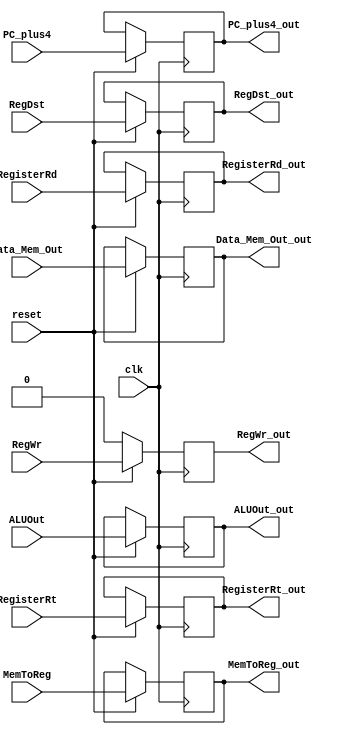
`timescale 1ns/1ps
module MEMtoWB (
    input             clk             ,
    input             reset           ,
    input      [31:0] PC_plus4        ,
    input      [31:0] Data_Mem_Out    ,
    input      [31:0] ALUOut          ,
    input      [ 1:0] RegDst          ,
    input             RegWr           ,
    input      [ 1:0] MemToReg        ,
    input      [ 4:0] RegisterRd      ,
    input      [ 4:0] RegisterRt      ,
    output reg [31:0] PC_plus4_out    ,
    output reg [31:0] Data_Mem_Out_out,
    output reg [31:0] ALUOut_out      ,
    output reg [ 1:0] RegDst_out      ,
    output reg        RegWr_out       ,
    output reg [ 1:0] MemToReg_out    ,
    output reg [ 4:0] RegisterRd_out  ,
    output reg [ 4:0] RegisterRt_out
);
initial begin 
    PC_plus4_out     <= 0;
    Data_Mem_Out_out <= 0;
    ALUOut_out       <= 0;
    RegDst_out       <= 0;
    RegWr_out        <= 0;
    MemToReg_out     <= 0;
    RegisterRd_out   <= 0;
    RegisterRt_out <= 0;
end

    always@(posedge clk) begin
        if(~reset) begin
            RegWr_out <= 0;
        end else begin 
            PC_plus4_out     <= PC_plus4;
            Data_Mem_Out_out <= Data_Mem_Out;
            ALUOut_out       <= ALUOut;
            RegDst_out       <= RegDst;
            RegWr_out        <= RegWr;
            MemToReg_out     <= MemToReg;
            RegisterRt_out   <= RegisterRt;
            RegisterRd_out   <= RegisterRd;
        end
    end

endmodule